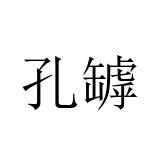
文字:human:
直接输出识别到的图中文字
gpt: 孔罅